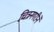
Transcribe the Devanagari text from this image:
चित्रनगरीने